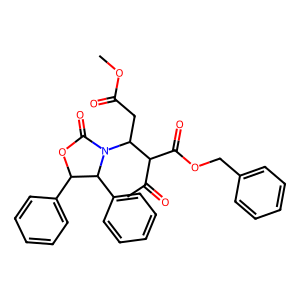
SMILES: COC(=O)CC(C(C(C)=O)C(=O)OCc1ccccc1)N1C(=O)OC(c2ccccc2)C1c1ccccc1
Inhibits HIV replication: No